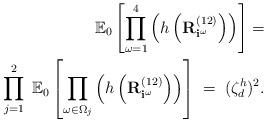
LaTeX: \begin{align*} \mathbb{E}_0 \left[ \prod_{\omega = 1}^4\left(h\left(\mathbf{R}^{(1 2)}_{\mathbf{i}^\omega} \right) \right)\right] = \\ \prod_{j=1}^2\;\mathbb{E}_0 \left[ \prod_{\omega\in \Omega_j}\left(h\left(\mathbf{R}^{(12)}_{\mathbf{i}^{\omega}} \right) \right)\right] \;=\; (\zeta_d^h)^2. \end{align*}